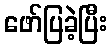
ဖော်ပြခဲ့ပြီး